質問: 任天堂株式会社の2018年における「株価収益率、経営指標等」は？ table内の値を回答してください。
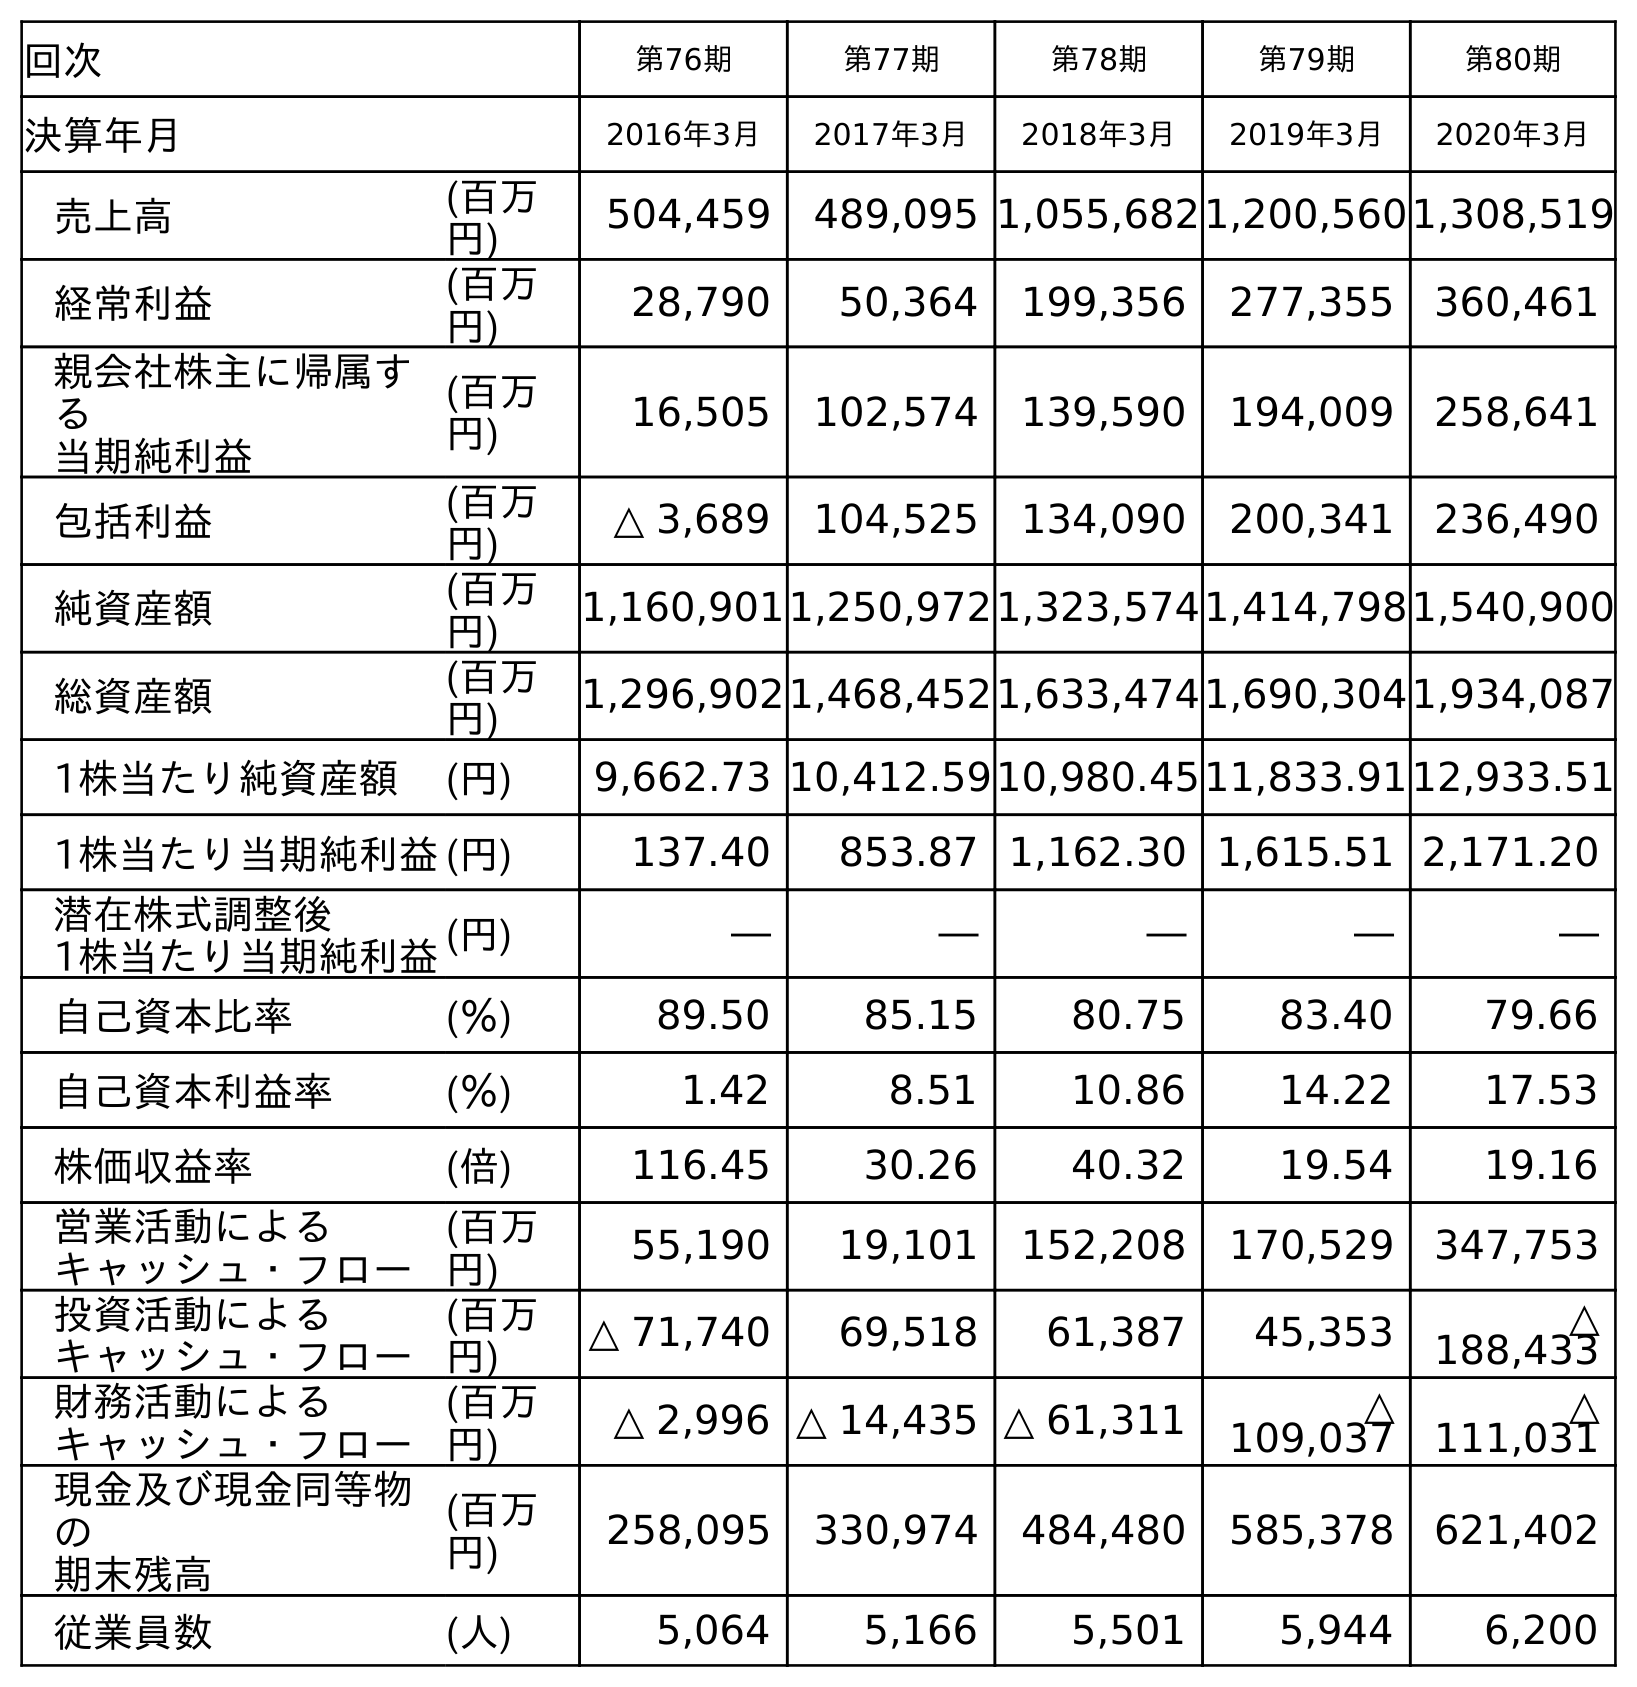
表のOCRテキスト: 回次 第76期 第77期 第78期 第79期 第80期 決算年月 2016年3月 2017年3月 2018年3月 2019年3月 2020年3月 売上高 (百万 円) 504,459 489,095 1,055,6821,200,5601,308,519 経常利益 (百万 円) 28,790 50,364 199,356 277,355 360,461 親会社株主に帰属す る 当期純利益 (百万 円) 16,505 102,574 139,590 194,009 258,641 包括利益 (百万 円) △ 3,689 104,525 134,090 200,341 236,490 純資産額 (百万 円) 1,160,9011,250,9721,323,5741,414,7981,540,900 総資産額 (百万 円) 1,296,9021,468,4521,633,4741,690,3041,934,087 1株当たり純資産額 (円) 9,662.73 10,412.5910,980.4511,833.9112,933.51 1株当たり当期純利益(円) 137.40 853.87 1,162.30 1,615.51 2,171.20 潜在株式調整後 1株当たり当期純利益(円) ― ― ― ― ― 自己資本比率 (％) 89.50 85.15 80.75 83.40 79.66 自己資本利益率 (％) 1.42 8.51 10.86 14.22 17.53 株価収益率 (倍) 116.45 30.26 40.32 19.54 19.16 営業活動による キャッシュ・フロー (百万 円) 55,190 19,101 152,208 170,529 347,753 投資活動による キャッシュ・フロー (百万 円) △ 71,740 69,518 61,387 45,353 △ 188,433 財務活動による キャッシュ・フロー (百万 円) △ 2,996 △ 14,435 △ 61,311 △ 109,037 △ 111,031 現金及び現金同等物 の 期末残高 (百万 円) 258,095 330,974 484,480 585,378 621,402 従業員数 (人) 5,064 5,166 5,501 5,944 6,200
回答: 40.32